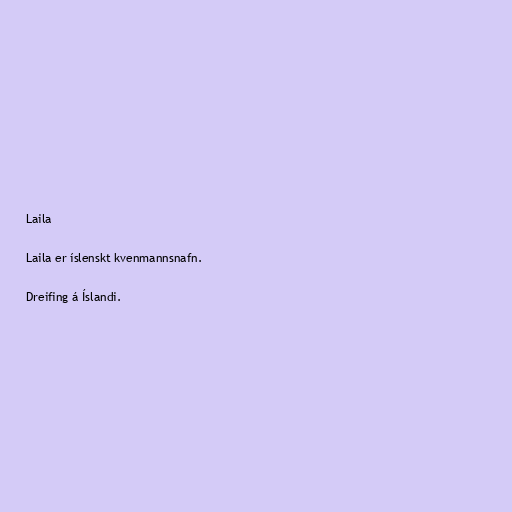
Laila

Laila er íslenskt kvenmannsnafn.

Dreifing á Íslandi.